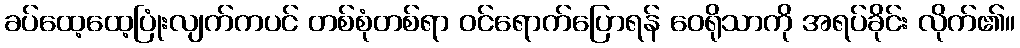
ခပ်ထေ့ထေ့ပြုံးလျက်ကပင် တစ်စုံတစ်ရာ ဝင်ရောက်ပြောရန် ဝေရိုသာကို အရပ်ခိုင်း လိုက်၏။